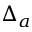
\Delta _ { a }